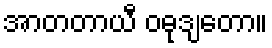
အာတတာယီ ဝဓုဒျတော။